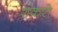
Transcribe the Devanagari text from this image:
शंकरो